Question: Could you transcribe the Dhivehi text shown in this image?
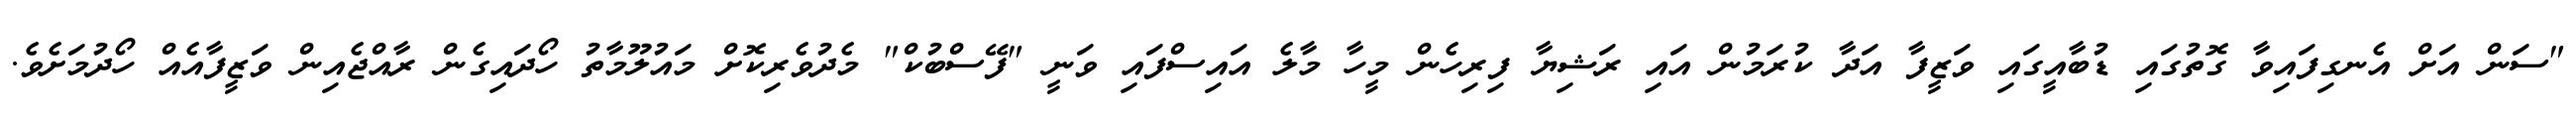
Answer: "ސަން އަށް އެނގިފައިވާ ގޮތުގައި ޑުބާއީގައި ވަޒީފާ އަދާ ކުރަމުން އައި ރަޝިޔާ ފިރިހެން މީހާ މާލެ އައިސްފައި ވަނީ "ފޭސްބުކް" މެދުވެރިކޮށް މައުލޫމާތު ހޯދައިގެން ރާއްޖެއިން ވަޒީފާއެއް ހޯދުމަށެވެ.